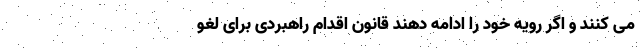
می کنند و اگر رویه خود را ادامه دهند قانون اقدام راهبردی برای لغو